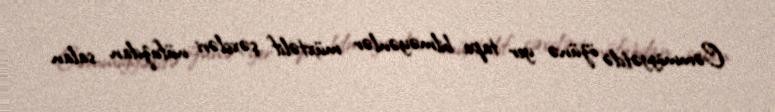
Cəmmiyyətdə özünə yer tapa bilməyənlər müxtəlif şəxsləri nüfuzdan salan